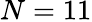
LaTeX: N=11